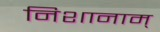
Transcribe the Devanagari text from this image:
निशानाम्